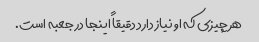
هر چیزی که او نیاز دارد دقیقاً اینجا در جعبه است.